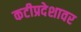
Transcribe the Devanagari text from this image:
कटीप्रदेशावर